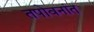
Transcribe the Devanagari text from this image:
तपोवनांत